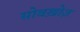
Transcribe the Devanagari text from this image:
सोवख़ोज़